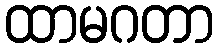
ထာမဂတာ